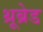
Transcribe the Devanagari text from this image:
थ्रूब्रेड